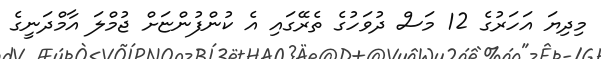
މިދިޔަ އަހަރުގެ 12 މަސް ދުވަހުގެ ތެރޭގައި އެ ކުންފުންޏަށް ޖުމްލަ އާމްދަނީގެ